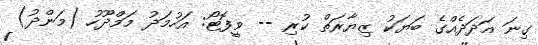
ގިނަ އަދަދެއްގެ ބަޔަކު ޒިޔާރަތް ކުރި -- ވީފޮޓޯ: އަހުމަދު މަމްދޫހު (މަންދު)